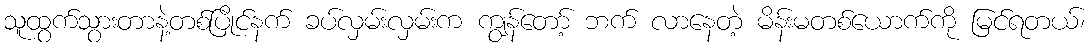
သူထွက်သွားတာနဲ့တစ်ပြိုင်နက် ခပ်လှမ်းလှမ်းက ကျွန်တော့် ဘက် လာနေတဲ့ မိန်းမတစ်ယောက်ကို မြင်ရတယ်၊